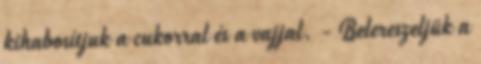
kihabosítjuk a cukorral és a vajjal. - Belereszeljük a